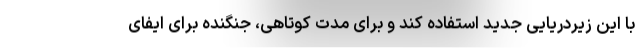
با این زیردریایی جدید استفاده کند و برای مدت کوتاهی، جنگنده برای ایفای